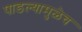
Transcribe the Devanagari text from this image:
पाडल्यामुळेच